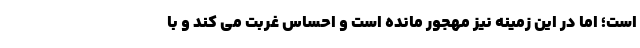
است؛ اما در این زمینه نیز مهجور مانده است و احساس غربت می کند و با